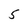
Character: 5